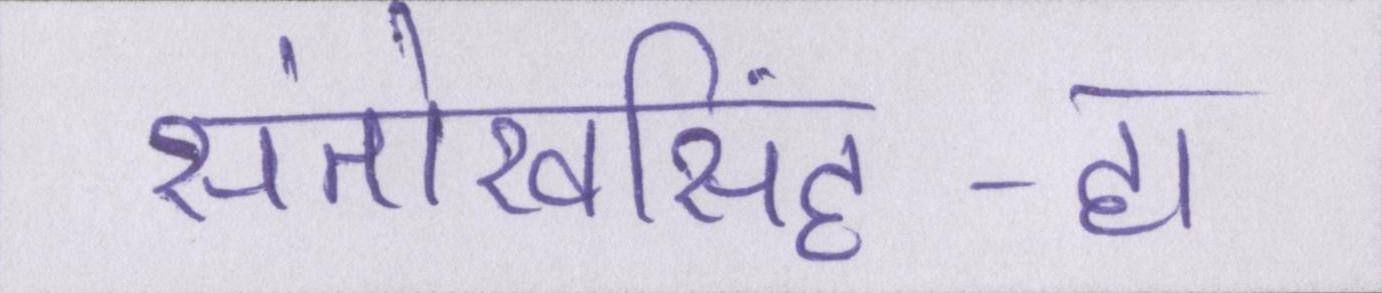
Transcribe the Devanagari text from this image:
संतोखसिंह-हां